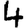
Digit: 4